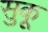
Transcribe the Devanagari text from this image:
सुकू